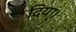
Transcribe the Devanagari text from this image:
दिया्।